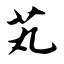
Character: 芄